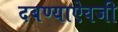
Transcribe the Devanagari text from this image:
दबण्याऐवजी